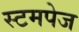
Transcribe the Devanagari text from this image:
स्टमपेज